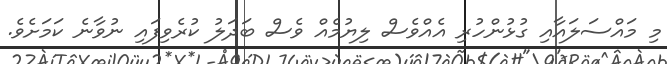
މި މައްސަލައާއި ގުޅުންހުރި އެއްވެސް ލިޔުމެއް ވެސް ބަދަލު ކުރެވިފައި ނުވާނެ ކަމަށެވެ.